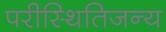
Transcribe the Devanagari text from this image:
परीस्थितिजन्य